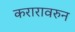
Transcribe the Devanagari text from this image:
करारावरुन